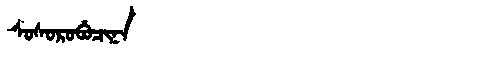
Manchu: ᠰᠣᠰᠣᡵᠣᠪᡠᠴᡳᠨᠠ
Romanization: SOSOROBUCINA